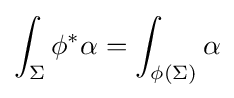
\int _{\Sigma }\phi ^{*}\alpha =\int _{\phi (\Sigma )}\alpha